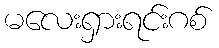
မလေးရှားရင်းဂစ်